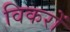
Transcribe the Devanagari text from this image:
विकरों